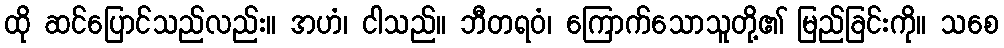
ထို ဆင်ပြောင်သည်လည်း။ အဟံ၊ ငါသည်။ ဘီတရဝံ၊ ကြောက်သောသူတို့၏ မြည်ခြင်းကို။ သစေ